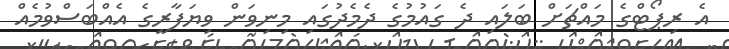
އެ ރިޕޯޓްގެ މައްޗަށް ބަލައި ދެ ގައުމުގެ ދެމެދުގައި މިނިވަން ވިޔަފާރީގެ އެއްބަސްވުމެއް